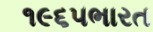
૧૯૬૫ભારત